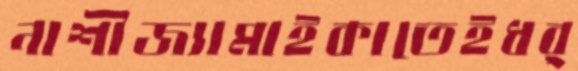
নাশীজ্যামাইকাতেইধর্